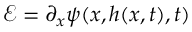
\mathcal { E } = \partial _ { x } \psi ( x , h ( x , t ) , t )